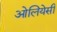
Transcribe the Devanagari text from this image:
ओलियेसी